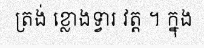
ត្រង់ ខ្លោងទ្វារ វត្ត ។ ក្នុង